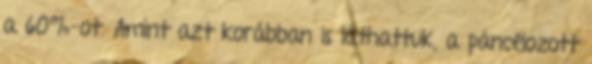
a 60%-ot. Amint azt korábban is láthattuk, a páncélozott